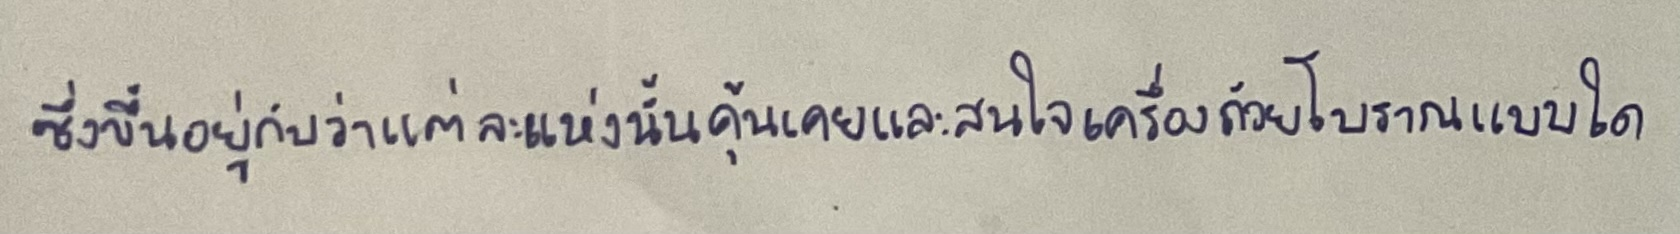
ซึ่งขึ้นอยู่กับว่าแต่ละแห่งนั้นคุ้นเคยและสนใจเครื่องถ้วยโบราณแบบใด